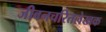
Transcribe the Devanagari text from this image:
जीवनचरितलेखक